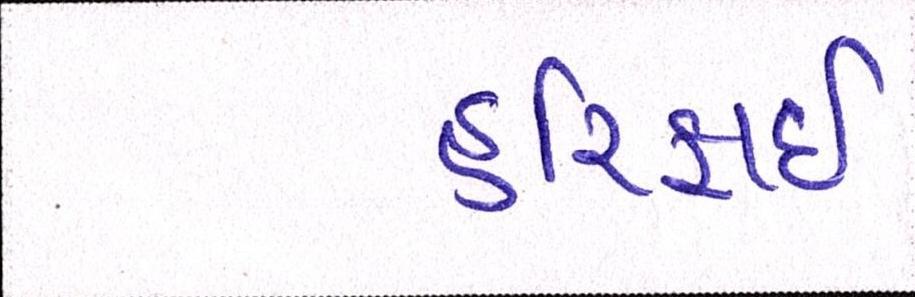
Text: હરિફાઇ